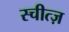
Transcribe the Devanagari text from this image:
स्चीत्ज़